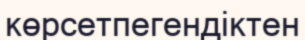
көрсетпегендіктен